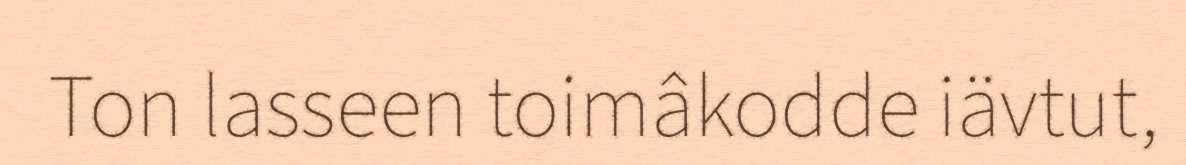
Ton lasseen toimâkodde iävtut,